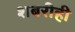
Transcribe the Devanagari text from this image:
शबरीही